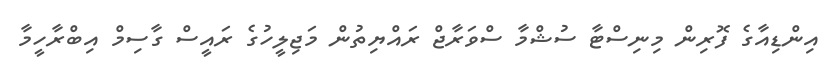
އިންޑިއާގެ ފޮރިން މިނިސްޓާ ސުޝްމާ ސްވަރާޖް ރައްޔިތުން މަޖިލީހުގެ ރައީސް ގާސިމް އިބްރާހީމާ